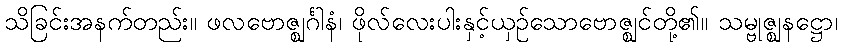
သိခြင်းအနက်တည်း။ ဖလဗောဇ္ဈင်္ဂါနံ၊ ဖိုလ်လေးပါးနှင့်ယှဉ်သောဗောဇ္ဈင်တို့၏။ သမ္ဗုဇ္ဈနဋ္ဌော၊